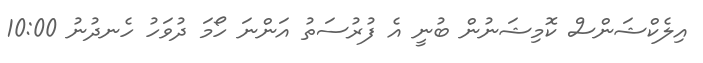
އިލެކްޝަންސް ކޮމިޝަނުން ބުނީ އެ ފުރުސަތު އަންނަ ހޯމަ ދުވަހު ހެނދުނު 10:00